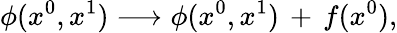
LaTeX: \phi(x^{0},x^{1})\longrightarrow\phi(x^{0},x^{1})\, +\, f(x^{0}),